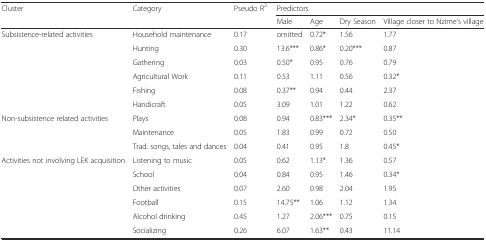
<table><thead><tr><td rowspan="2"><b>Cluster</b></td><td rowspan="2"><b>Category</b></td><td rowspan="2"><b>Pseudo R<sup>2</sup></b></td><td colspan="4"><b>Predictors</b></td></tr><tr><td><b>Male</b></td><td><b>Age</b></td><td><b>Dry Season</b></td><td><b>Village closer to Nzime’s village</b></td></tr></thead><tbody><tr><td rowspan="6">Subsistence-related activities</td><td>Household maintenance</td><td>0.17</td><td>omitted</td><td>0.72*</td><td>1.56</td><td>1.77</td></tr><tr><td>Hunting</td><td>0.30</td><td>13.6***</td><td>0.86*</td><td>0.20***</td><td>0.87</td></tr><tr><td>Gathering</td><td>0.03</td><td>0.50*</td><td>0.95</td><td>0.76</td><td>0.79</td></tr><tr><td>Agricultural Work</td><td>0.11</td><td>0.53</td><td>1.11</td><td>0.56</td><td>0.32*</td></tr><tr><td>Fishing</td><td>0.08</td><td>0.37**</td><td>0.94</td><td>0.44</td><td>2.37</td></tr><tr><td>Handicraft</td><td>0.05</td><td>3.09</td><td>1.01</td><td>1.22</td><td>0.62</td></tr><tr><td rowspan="3">Non-subsistence related activities</td><td>Plays</td><td>0.08</td><td>0.94</td><td>0.83***</td><td>2.34*</td><td>0.35**</td></tr><tr><td>Maintenance</td><td>0.05</td><td>1.83</td><td>0.99</td><td>0.72</td><td>0.50</td></tr><tr><td>Trad. songs, tales and dances</td><td>0.04</td><td>0.41</td><td>0.95</td><td>1.8</td><td>0.45*</td></tr><tr><td rowspan="6">Activities not involving LEK acquisition</td><td>Listening to music</td><td>0.05</td><td>0.62</td><td>1.13*</td><td>1.36</td><td>0.57</td></tr><tr><td>School</td><td>0.04</td><td>0.84</td><td>0.95</td><td>1.46</td><td>0.34*</td></tr><tr><td>Other activities</td><td>0.07</td><td>2.60</td><td>0.98</td><td>2.04</td><td>1.95</td></tr><tr><td>Football</td><td>0.15</td><td>14.75**</td><td>1.06</td><td>1.12</td><td>1.34</td></tr><tr><td>Alcohol drinking</td><td>0.45</td><td>1.27</td><td>2.06***</td><td>0.75</td><td>0.15</td></tr><tr><td>Socializing</td><td>0.26</td><td>6.07</td><td>1.63**</td><td>0.43</td><td>11.14</td></tr></tbody></table>